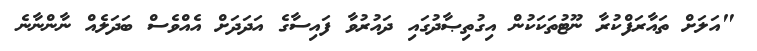
"އަލަށް ތައާރަފްކުރާ ނޫޓުތަކަކުން އިގުތިޞާދުގައި ދައުރުވާ ފައިސާގެ އަދަދަށް އެއްވެސް ބަދަލެއް ނާންނާނެ